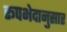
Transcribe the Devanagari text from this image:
रूपभेदानुसार